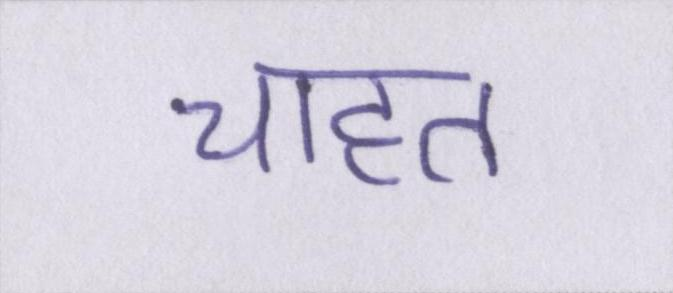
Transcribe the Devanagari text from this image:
चाहत